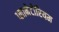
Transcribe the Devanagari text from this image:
प्लानेटोरियम